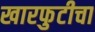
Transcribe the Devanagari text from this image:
खारफुटीचा